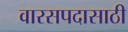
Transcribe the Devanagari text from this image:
वारसपदासाठी